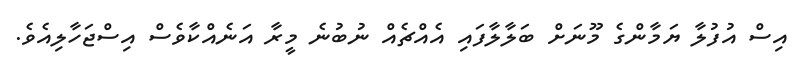
އިސް އުފުލާ ޔަމާންގެ މޫނަށް ބަލާލާފައި އެއްޗެއް ނުބުނެ މީރާ އަނެއްކާވެސް އިސްޖަހާލިއެވެ.